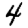
Digit: 4